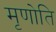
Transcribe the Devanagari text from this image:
मृणोति